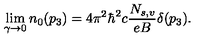
\lim _ { \gamma \to 0 } n _ { 0 } ( p _ { 3 } ) = 4 \pi ^ { 2 } \hbar ^ { 2 } c \frac { N _ { s , v } } { e B } \delta ( p _ { 3 } ) .